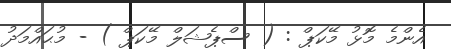
އެންމެ މޮޅު މޭކަޕް : ( ސްޕެޝަލް މޭކަޕް ) - މުޙައްމަދު